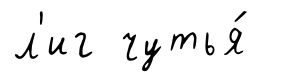
л'иг чутья́